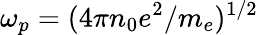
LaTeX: \omega_{p}=(4\pi n_{0}e^{2}/m_{e})^{1/2}